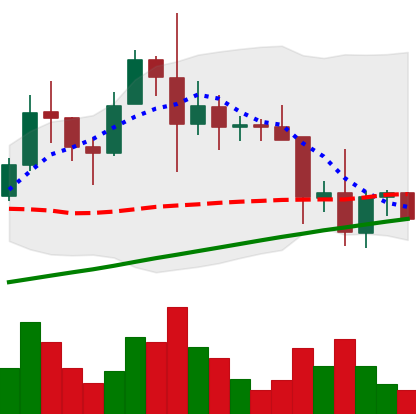
Ticker: XRP-USD
Chart end date: 2021-11-21
Forward return: -11.679%
Label: down_7plus